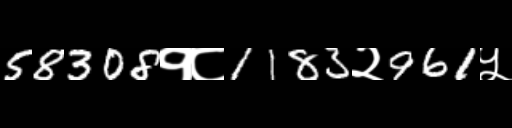
Text: 58308१८1183२961५